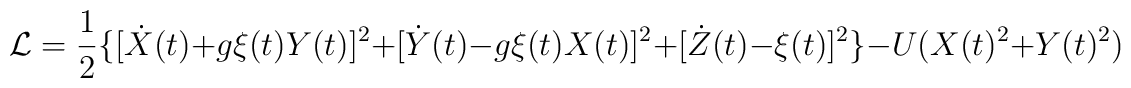
{\cal L}= \frac{1}{2}\{[\dot{X}(t)+g\xi(t)Y(t)]^{2} + [\dot{Y}(t) -g\xi(t)X(t)]^{2} + [\dot{Z}(t) - \xi(t)]^{2}\} - U(X(t)^{2} +Y(t)^{2})